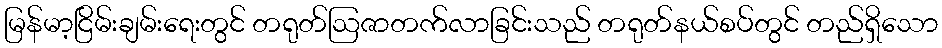
မြန်မာ့ငြိမ်းချမ်းရေးတွင် တရုတ်ဩဇာတက်လာခြင်းသည် တရုတ်နယ်စပ်တွင် တည်ရှိသော